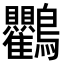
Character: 𮭠